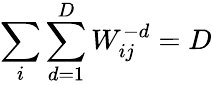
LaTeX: \sum_{i}\sum_{d=1}^{D}W_{ij}^{-d}=D